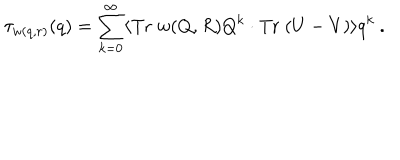
LaTeX: \tau _ { w ( q , r ) } ( q ) = \sum _ { k = 0 } ^ { \infty } \langle \mathrm { T r } \; w ( Q , R ) Q ^ { k } \cdot \mathrm { T r } \; ( U - V ) \rangle q ^ { k } \ .